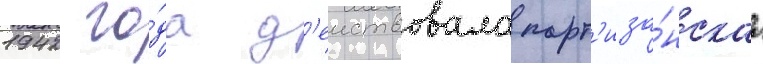
1942 го́да д'еиствовала парт'иза́нскаа